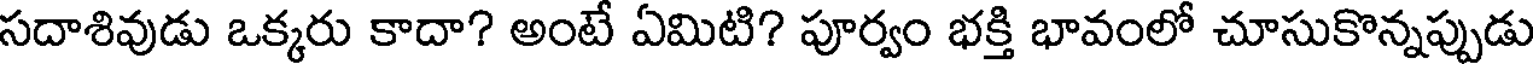
సదాశివుడు ఒక్కరు కాదా? అంటే ఏమిటి? పూర్వం భక్తి భావంలో చూసుకొన్నప్పుడు